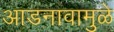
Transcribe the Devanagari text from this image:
आडनावामुळे